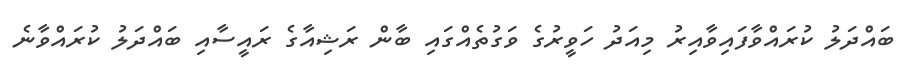
ބައްދަލު ކުރައްވާފައިވާއިރު މިއަދު ހަވީރުގެ ވަގުތެއްގައި ބާން ރަޝިއާގެ ރައީސާއި ބައްދަލު ކުރައްވާނެ